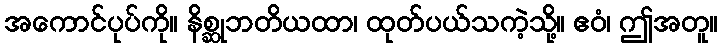
အကောင်ပုပ်ကို။ နိစ္ဆုဘတိယထာ၊ ထုတ်ပယ်သကဲ့သို့။ ဧဝံ၊ ဤအတူ။